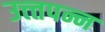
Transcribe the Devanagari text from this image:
उत्त्तपन्न